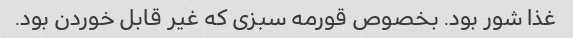
غذا شور بود. بخصوص قورمه سبزی که غیر قابل خوردن بود.